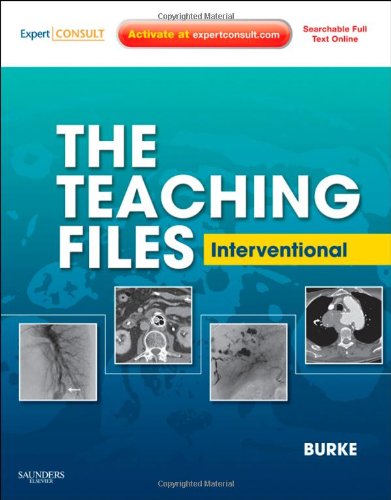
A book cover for The Teaching Files: Interventional: Expert Consult - Online and Print, 1e (Teaching Files in Radiology); Charles Burke; Medical Books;